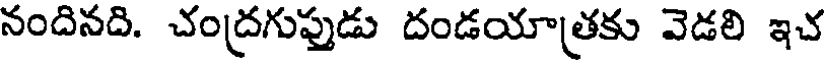
నందినది. చంద్రగుప్తుడు దండయాత్రకు వెడలి ఇచ